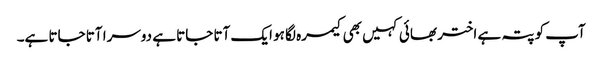
آپ کو پتہ ہے اختر بھائی کہیں بھی کیمرہ لگا ہو ایک آتا جاتا ہے دوسرا آتا جاتا ہے۔